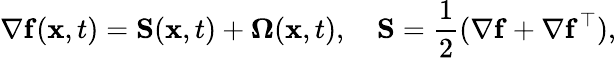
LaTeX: \nabla\mathbf{f}(\mathbf{x},t)=\mathbf{S}(\mathbf{x},t)+\mathbf{\Omega}(\mathbf{x},t),\quad\mathbf{S}=\frac{1}{2}(\nabla\mathbf{f}+\nabla\mathbf{f}^{\top}),